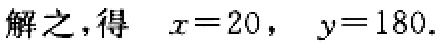
解之，得 \(x = 20,\ y = 180\)